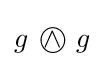
g~\wedge \!\!\!\!\!\!\!\!\;\bigcirc ~g